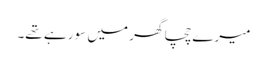
میرے چچا گھر میں سو رہے تھے۔